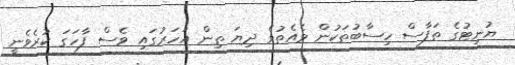
ޔުނިޓުގެ ތަފާސް ހިސާބުތަކުން ވެއެތުވެ ދިޔަ ތިން އަހަރުގައި ވެސް ފާހަގަ ކުރެވެނީ